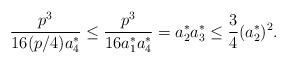
LaTeX: \begin{align*} \frac{p^{3}}{16 (p/4) a_{4}^{*}}\leq \frac{p^{3}}{16 a_{1}^{*} a_{4}^{*}} = a_{2}^{*} a_{3}^{*} \leq \frac{3}{4} (a_{2}^{*})^{2}.\end{align*}